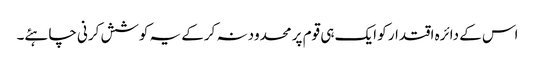
اس کے دائرہ اقتدار کو ایک ہی قوم پر محدود نہ کرکے یہ کوشش کرنی چاہئے۔